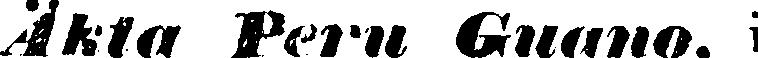
Äkta Peru Guano, i